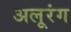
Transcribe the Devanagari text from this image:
अलूरंग